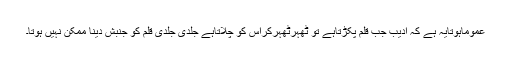
عموماًہوتایہ ہے کہ ادیب جب قلم پکڑتاہے تو ٹھہرٹھہرکراس کو چلاتاہے جلدی جلدی قلم کو جنبش دینا ممکن نہیں ہوتا۔